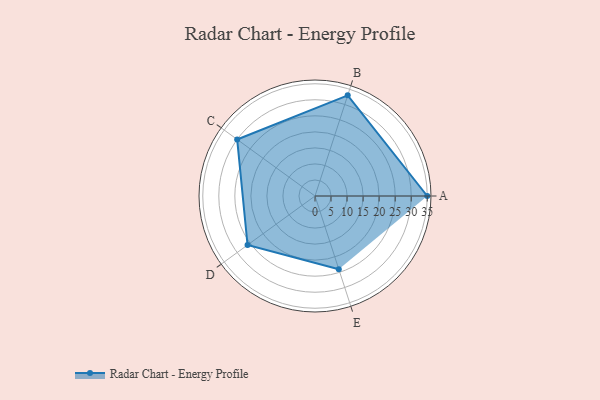
{"axis": {"x": "Skill", "y": "Score"}, "legend": ["Profile"], "data": [{"x": "A", "y": 35.0, "type": "Profile"}, {"x": "B", "y": 33.0, "type": "Profile"}, {"x": "C", "y": 30.0, "type": "Profile"}, {"x": "D", "y": 26.0, "type": "Profile"}, {"x": "E", "y": 24.0, "type": "Profile"}]}